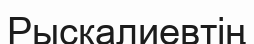
Рысқалиевтің